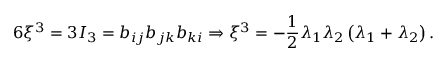
6 \xi ^ { 3 } = 3 I _ { 3 } = b _ { i j } b _ { j k } b _ { k i } \Rightarrow \xi ^ { 3 } = - \frac { 1 } { 2 } \lambda _ { 1 } \lambda _ { 2 } \left( \lambda _ { 1 } + \lambda _ { 2 } \right) .